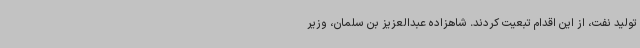
تولید نفت، از این اقدام تبعیت کردند. شاهزاده عبدالعزیز بن سلمان، وزیر